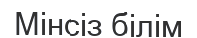
Мінсіз білім